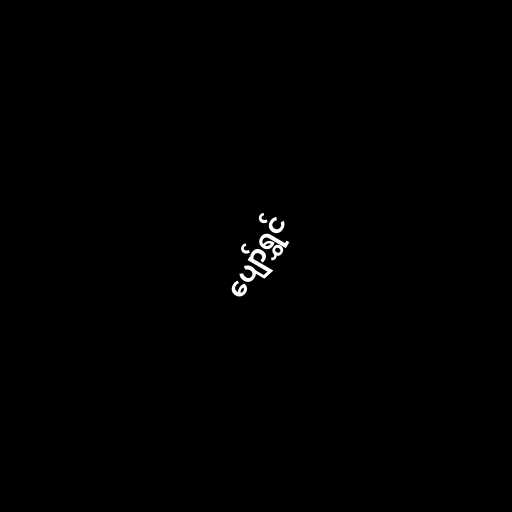
ပျော်ရွှင်